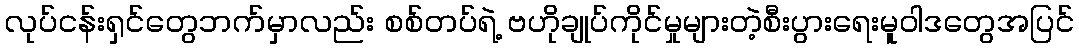
လုပ်ငန်းရှင်တွေဘက်မှာလည်း စစ်တပ်ရဲ့ ဗဟိုချုပ်ကိုင်မှုများတဲ့စီးပွားရေးမူဝါဒတွေအပြင်